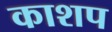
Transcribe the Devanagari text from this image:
काशप